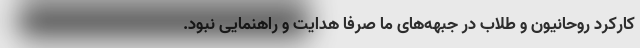
کارکرد روحانیون و طلاب در جبهه‌های ما صرفا هدایت و راهنمایی نبود.